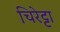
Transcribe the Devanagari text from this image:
चिरेट्टा